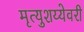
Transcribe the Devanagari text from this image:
मृत्युशय्येवरी